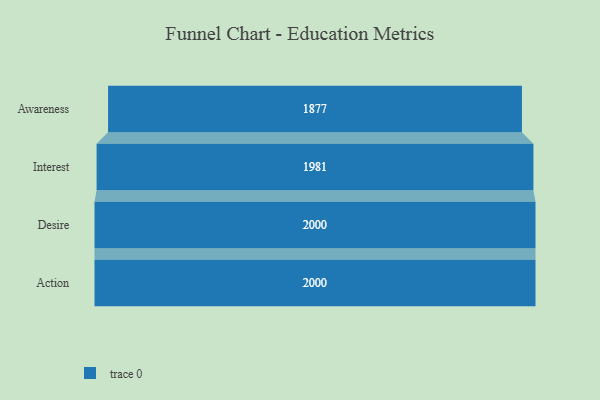
{"axis": {"x": "Stage", "y": "Value"}, "legend": [""], "data": [{"x": "Awareness", "y": 1877.0, "type": ""}, {"x": "Interest", "y": 1981.0, "type": ""}, {"x": "Desire", "y": 2000, "type": ""}, {"x": "Action", "y": 2000, "type": ""}]}